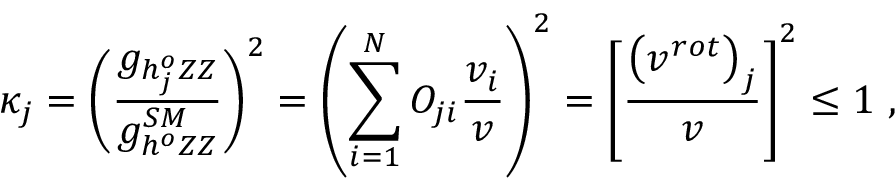
\kappa _ { j } = \left( \frac { g _ { h _ { j } ^ { o } Z Z } } { g _ { h ^ { o } Z Z } ^ { S M } } \right) ^ { 2 } = \left( \sum _ { i = 1 } ^ { N } O _ { j i } \frac { v _ { i } } { v } \right) ^ { 2 } = \left[ \frac { \left( v ^ { r o t } \right) _ { j } } { v } \right] ^ { 2 } \leq 1 \ ,